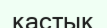
қастық